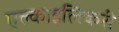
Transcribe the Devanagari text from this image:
एल्काइलिकरी